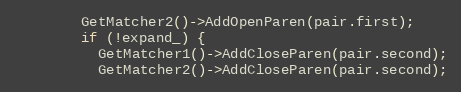
Language: C
        GetMatcher2()->AddOpenParen(pair.first);
        if (!expand_) {
          GetMatcher1()->AddCloseParen(pair.second);
          GetMatcher2()->AddCloseParen(pair.second);